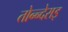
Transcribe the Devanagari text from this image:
तोन्न्देराइ